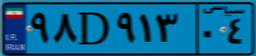
۹۸D۹۱۳۰۴